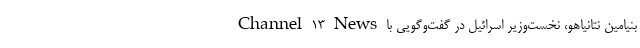
بنیامین نتانیاهو، نخست‌وزیر اسرائیل در گفت‌وگویی با Channel 13 News